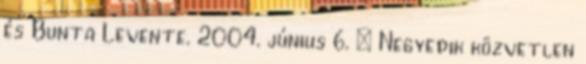
és Bunta Levente. 2004. június 6. – Negyedik közvetlen